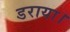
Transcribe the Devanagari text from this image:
डराया।